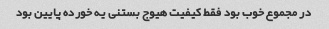
در مجموع خوب بود فقط کیفیت هیوج بستنی یه خورده پایین بود